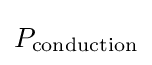
P_{\text{conduction}}